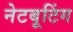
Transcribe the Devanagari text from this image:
नेटबूटिंग